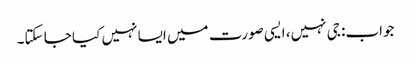
جواب: جی نہیں، ایسی صورت میں ایسا نہیں کیا جا سکتا۔